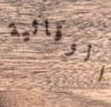
الوقائية